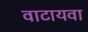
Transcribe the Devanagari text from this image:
वाटायवा